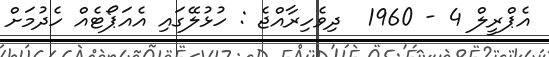
އެޕްރީލް 4 - 1960  ދިވެހިރާއްޖެ : ހުޅުލޭގައި އެއަޕޯޓެއް ހެދުމަށް